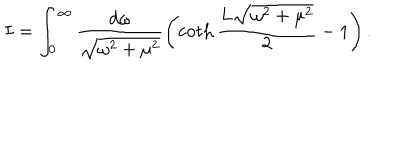
LaTeX: I = \int _ { 0 } ^ { \infty } \frac { d \omega } { \sqrt { \omega ^ { 2 } + \mu ^ { 2 } } } \left( \coth \frac { L \sqrt { \omega ^ { 2 } + \mu ^ { 2 } } } 2 - 1 \right) .